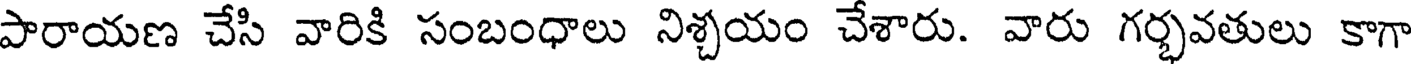
పారాయణ చేసి వారికి సంబంధాలు నిశ్చయం చేశారు. వారు గర్భవతులు కాగా